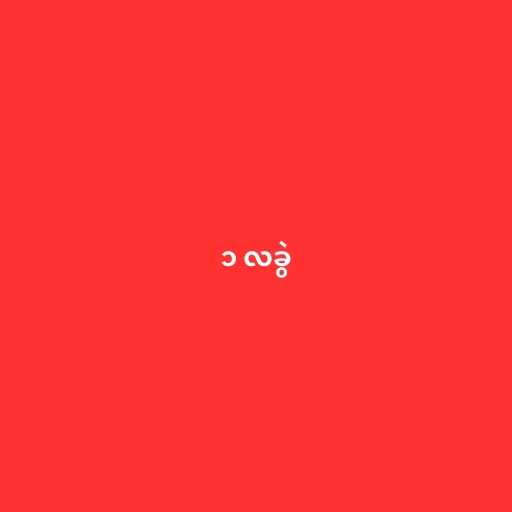
၁ လခွဲ